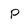
Character: p